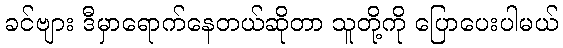
ခင်ဗျား ဒီမှာရောက်နေတယ်ဆိုတာ သူတို့ကို ပြောပေးပါမယ်